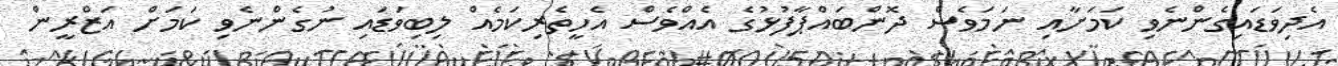
އެދިވަޑައިގެންނެވި ކަމަށާއި ނަމަވެސް ދޮންބައްޕާފުޅުގެ އެއްވެސް އެހީތެރިކަމެއް ލިބިވަޑައި ނުގެންނެވި ކަމަށް އަޒްރީން